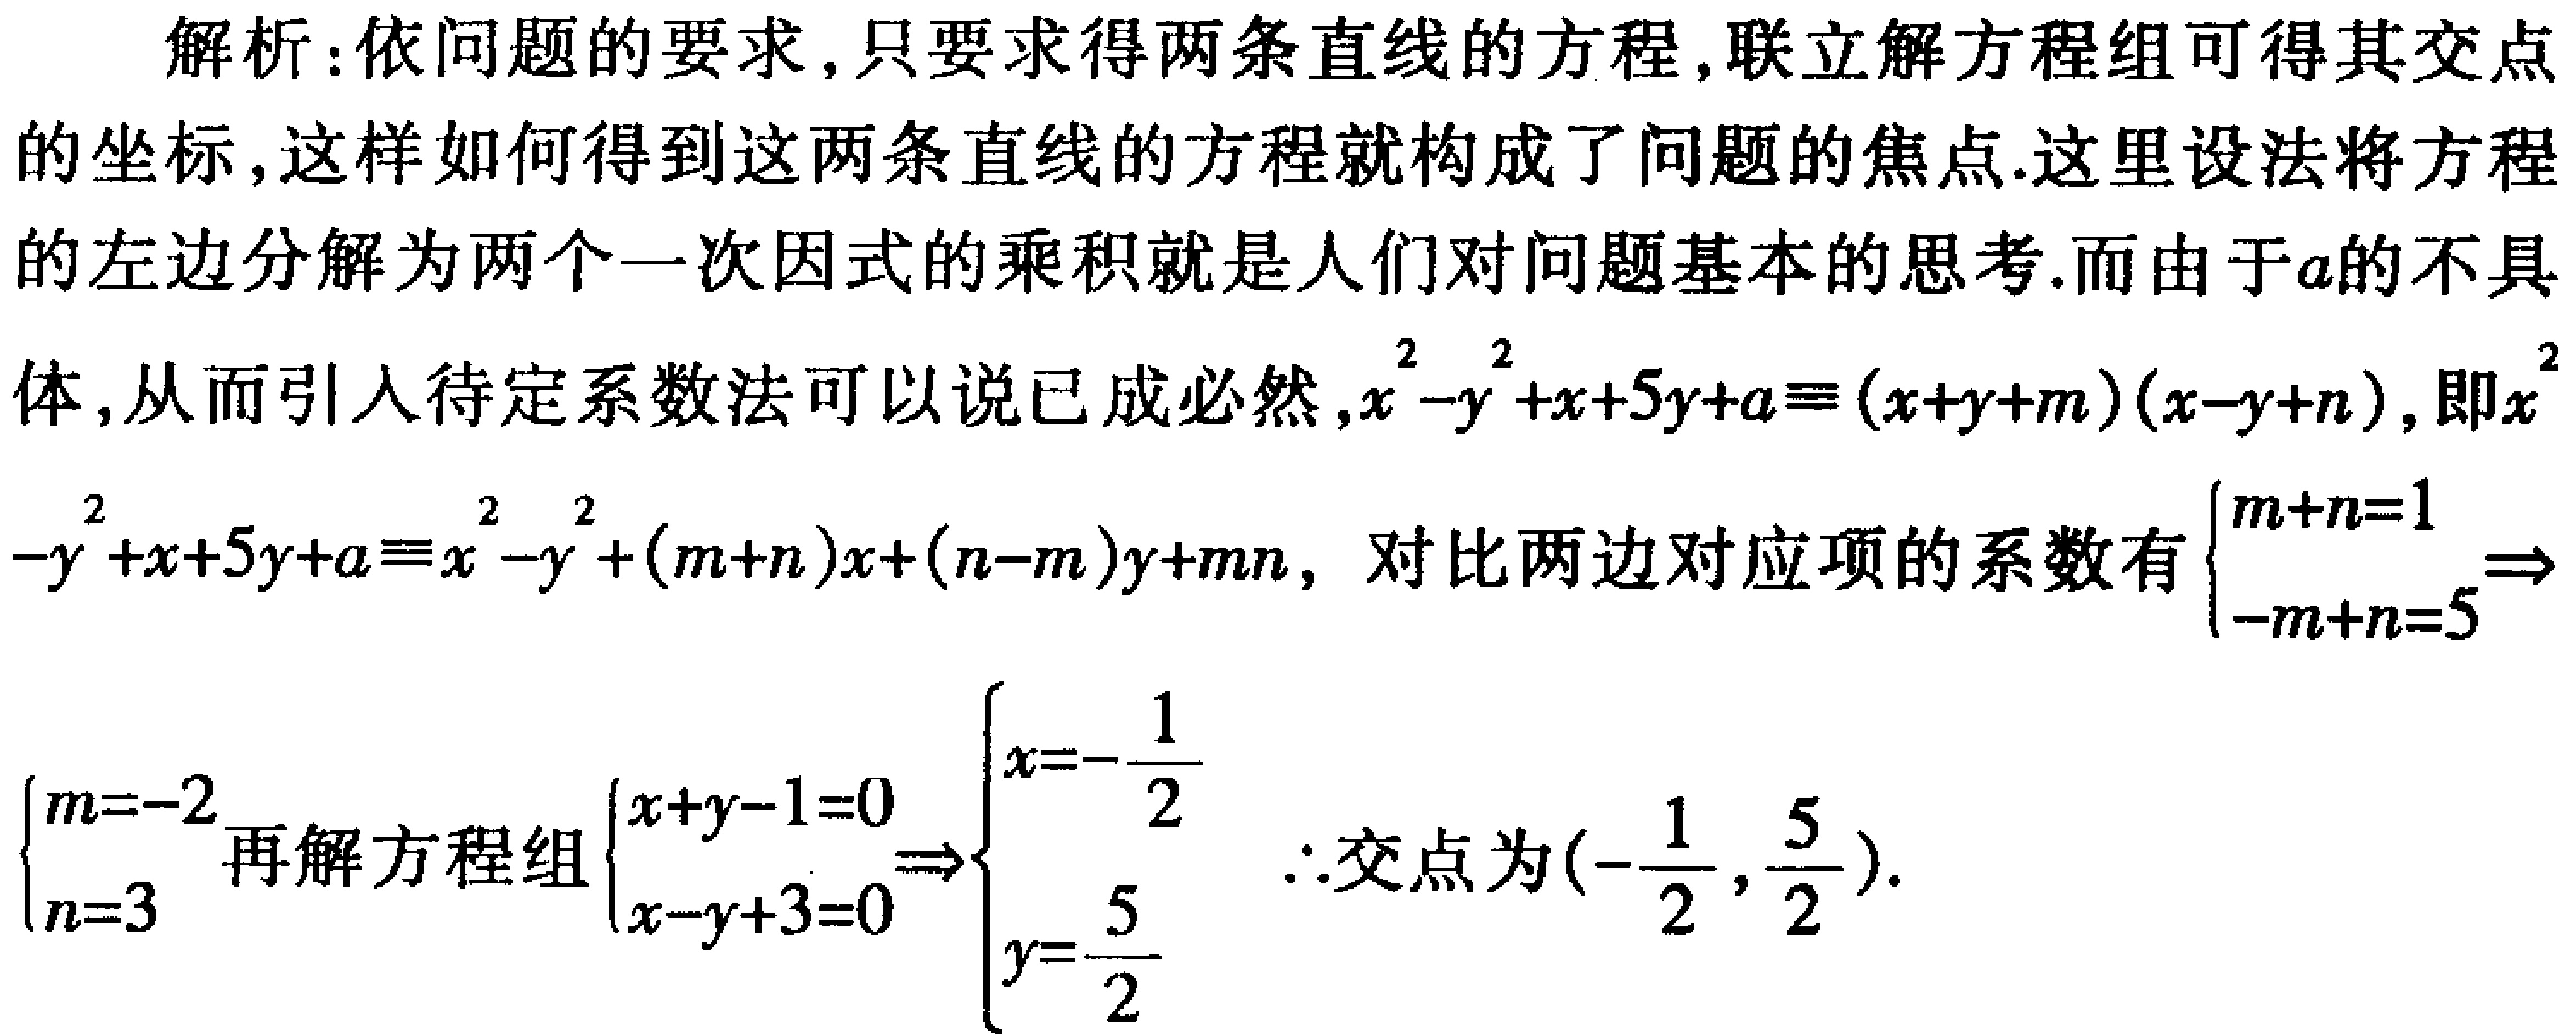
解析：依问题的要求,只要求得两条直线的方程,联立解方程组可得其交点的坐标,这样如何得到这两条直线的方程就构成了问题的焦点.这里设法将方程的左边分解为两个一次因式的乘积就是人们对问题基本的思考.而由于\(a\)的不具体,从而引入待定系数法可以说已成必然,\(x^{2}-y^{2}+x + 5y + a\equiv(x + y + m)(x - y + n)\),即\(x^{2}-y^{2}+x + 5y + a\equiv x^{2}-y^{2}+(m + n)x+(n - m)y+mn\), 对比两边对应项的系数有\(\begin{cases}m + n = 1\\-m + n = 5\end{cases}\Rightarrow\begin{cases}m = - 2\\n = 3\end{cases}\)再解方程组\(\begin{cases}x + y - 1 = 0\\x - y + 3 = 0\end{cases}\Rightarrow\begin{cases}x=-\dfrac{1}{2}\\y=\dfrac{5}{2}\end{cases}\) \(\therefore\)交点为\((-\dfrac{1}{2},\dfrac{5}{2})\).